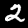
Label: 2